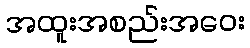
အထူးအစည်းအဝေး